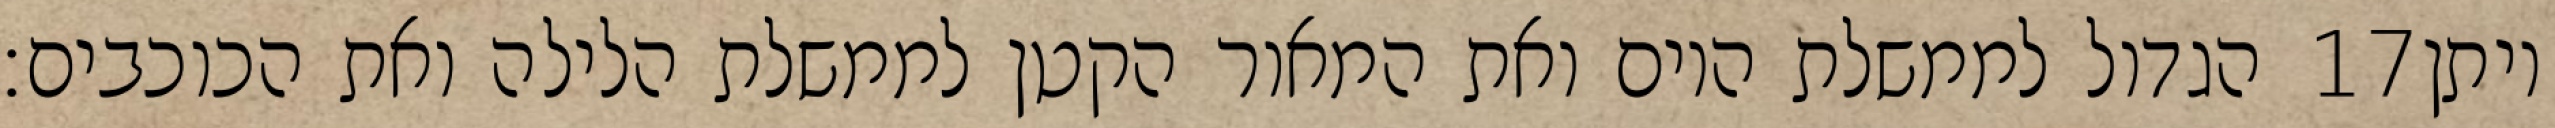
הגדול לממשלת היום ואת המאור הקטן לממשלת הלילה ואת הכוכבים׃ ‎17‏ ויתן